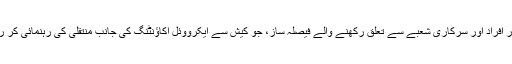
‘ انہوں نے مزید کہا:’فنانس کے شعبے سے تعلق رکھنے والے پیشہ ور افراد اور سرکاری شعبے سے تعلق رکھنے والے فیصلہ ساز، جو کیش سے ایکرووئل اکاؤنٹنگ کی جانب منتقلی کی رہنمائی کر رہے ہیں، ہم اْن کی کوششوں کو سراہتے ہیں اور ان کی تائید کرتے ہیں۔